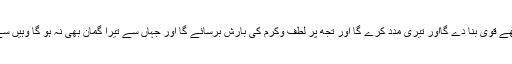
اللہ تعالیٰ پر بھروسہ کر یہ تجھے قوی بنا دے گااور تیری مدد کرے گا اور تجھ پر لطف وکرم کی بارش برسائے گا اور جہاں سے تیرا گمان بھی نہ ہو گا وہیں سے تیرے لیے فتوحات لائے گا۔